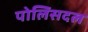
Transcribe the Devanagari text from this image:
पोलिसदल